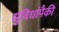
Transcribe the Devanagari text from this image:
सुविधांपैकी